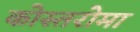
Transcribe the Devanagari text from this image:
कोस्तरोमा